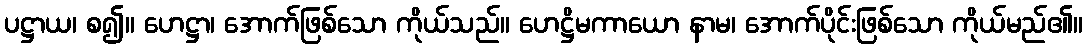
ပဋ္ဌာယ၊ စ၍။ ဟေဋ္ဌာ၊ အောက်ဖြစ်သော ကိုယ်သည်။ ဟေဋ္ဌိမကာယော နာမ၊ အောက်ပိုင်းဖြစ်သော ကိုယ်မည်၏။